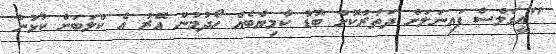
"އީގަލްސް ފައިނަލަށް ދަތުރުކޮށް ބޮޑު ކާމިޔާބެއް ހޯދުމުން އޭރު އެ ކްލަބަށް ކުޅުނު